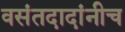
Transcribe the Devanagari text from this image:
वसंतदादांनीच